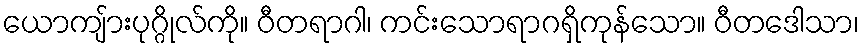
ယောကျ်ားပုဂ္ဂိုလ်ကို။ ဝီတရာဂါ၊ ကင်းသောရာဂရှိကုန်သော။ ဝီတဒေါသာ၊